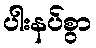
ပါးနပ်စွာ